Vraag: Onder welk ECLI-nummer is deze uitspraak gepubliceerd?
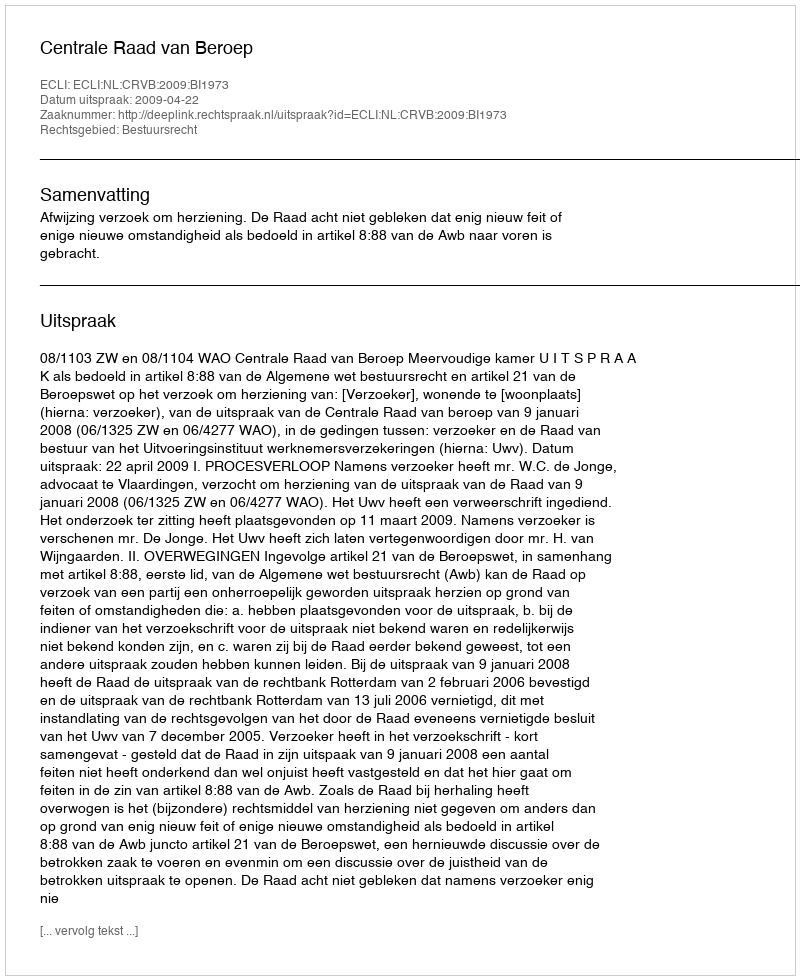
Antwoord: ECLI:NL:CRVB:2009:BI1973